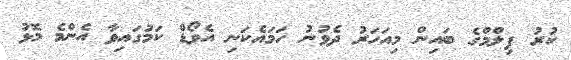
ކުރު ފިލްމްގެ ބައިން މިއަހަރު ދެވުނު ހަމައެކަނި އެވޯޑް ކަމުގައިވާ އެންމެ މޮޅު